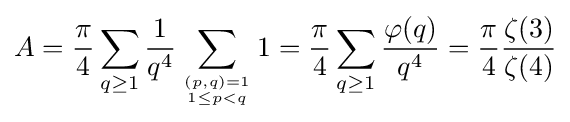
A={\frac {\pi }{4}}\sum _{q\geq 1}{\frac {1}{q^{4}}}\sum _{(p,q)=1 \atop 1\leq p<q}1={\frac {\pi }{4}}\sum _{q\geq 1}{\frac {\varphi (q)}{q^{4}}}={\frac {\pi }{4}}{\frac {\zeta (3)}{\zeta (4)}}